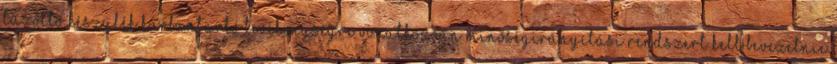
tûzoltó készülék karbantartó tevékenységre vonatkozóan minõségirányítási rendszert kell bevezetnie